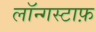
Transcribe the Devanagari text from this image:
लॉन्गस्टाफ़